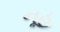
નૂહ